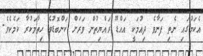
އެކަމުގައި ނެތި ފަނާވެ ދިއުމަކީ އައްޑޫ ރައްޔިތުން ވަރަށް ކަންބޮޑުވެ ހިތާމަކުރާ ކަމެކެވެ.